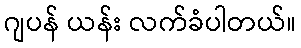
ဂျပန် ယန်း လက်ခံပါတယ်။